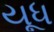
યૂધ